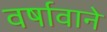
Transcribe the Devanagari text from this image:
वर्षावाने